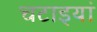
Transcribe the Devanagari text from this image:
चटाइयां